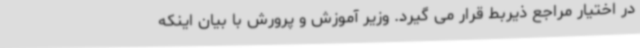
در اختیار مراجع ذیربط قرار می گیرد. وزیر آموزش و پرورش با بیان اینکه